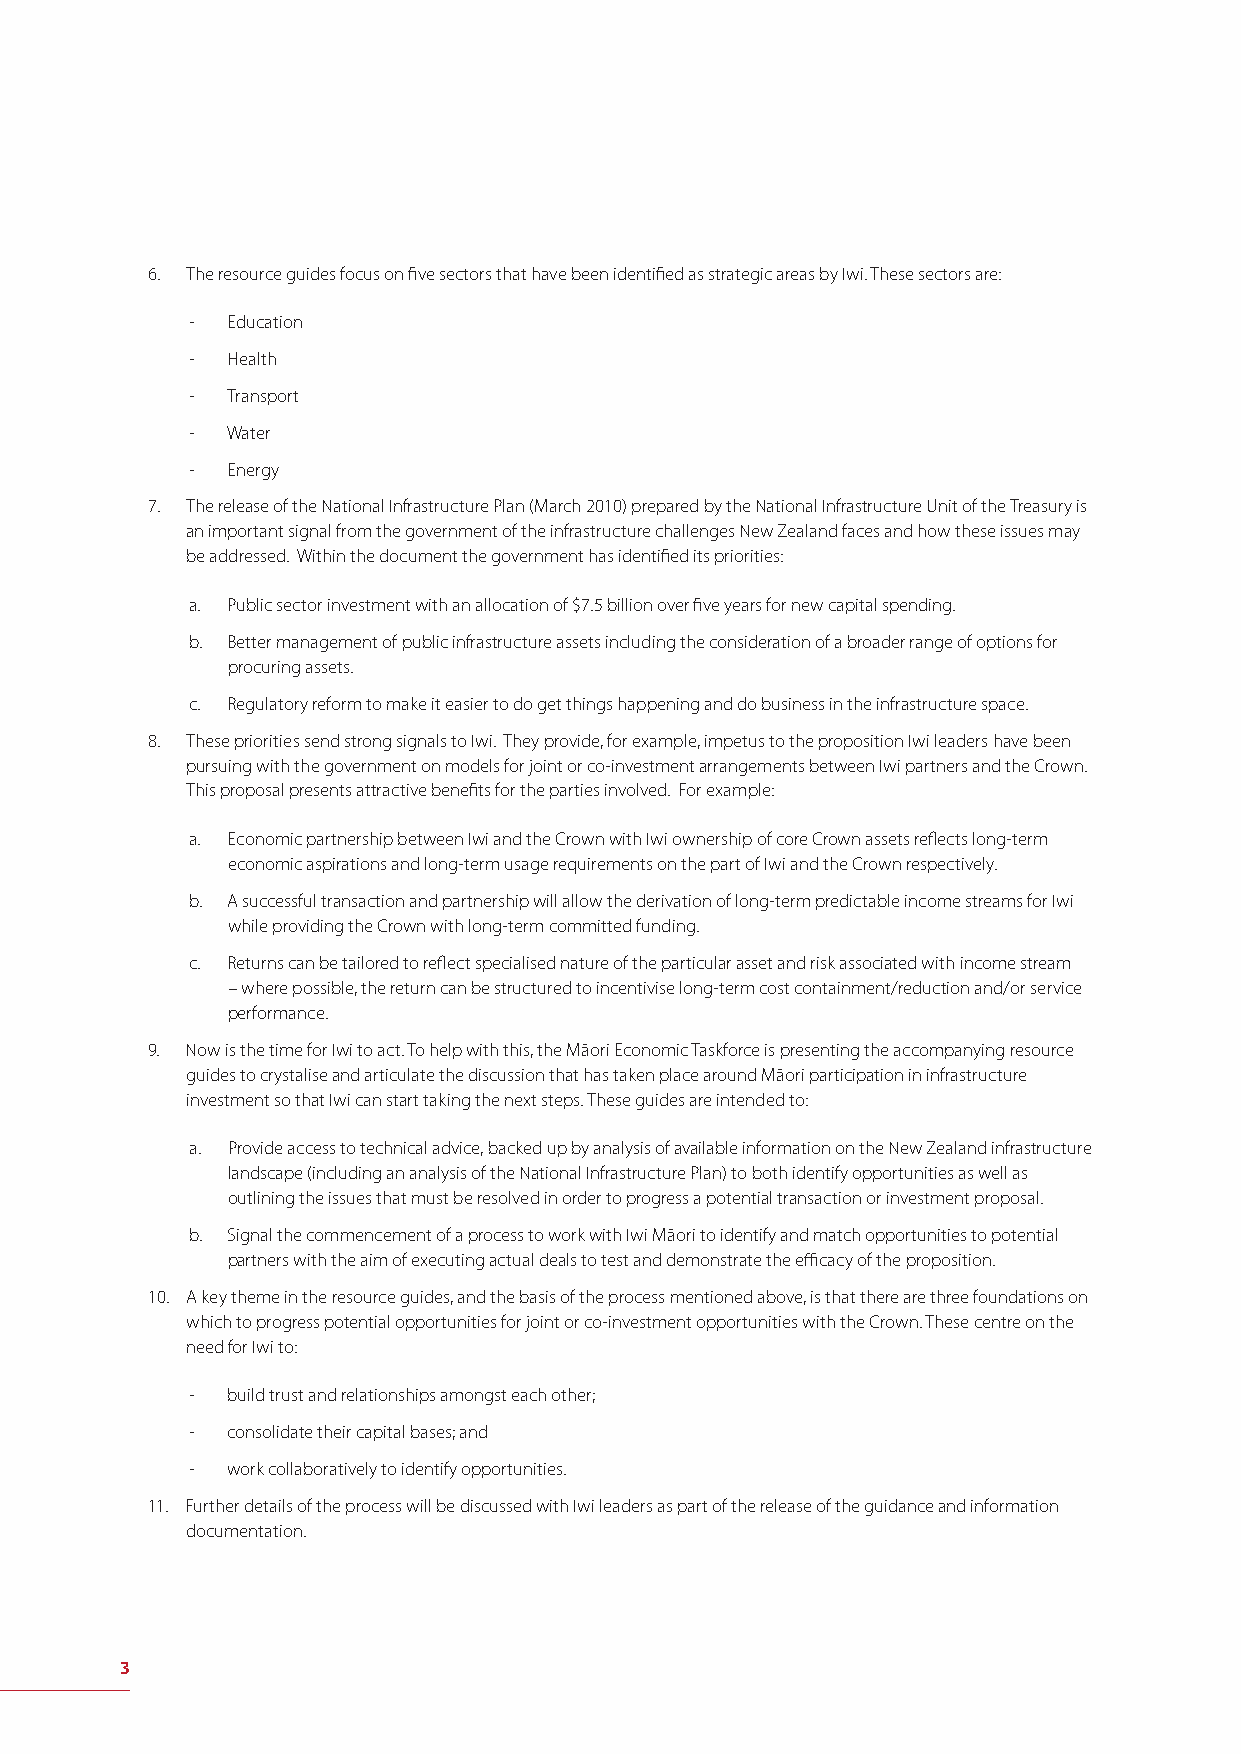
6. The resource guides focus on fi ve sectors that have been identifi ed as strategic areas by Iwi. These sectors are:
 - Education
 - Health
 - Transport
 - Water
 - Energy
 7. The release of the National Infrastructure Plan (March 2010) prepared by the National Infrastructure Unit of the Treasury is
 an important signal from the government of the infrastructure challenges New Zealand faces and how these issues may
 be addressed. Within the document the government has identifi ed its priorities:
 a. Public sector investment with an allocation of $7.5 billion over fi ve years for new capital spending.
 b. Better management of public infrastructure assets including the consideration of a broader range of options for
 procuring assets.
 c. Regulatory reform to make it easier to do get things happening and do business in the infrastructure space.
 8. These priorities send strong signals to Iwi. They provide, for example, impetus to the proposition Iwi leaders have been
 pursuing with the government on models for joint or co-investment arrangements between Iwi partners and the Crown.
 This proposal presents attractive benefi ts for the parties involved. For example:
 a. Economic partnership between Iwi and the Crown with Iwi ownership of core Crown assets refl ects long-term
 economic aspirations and long-term usage requirements on the part of Iwi and the Crown respectively.
 b. A successful transaction and partnership will allow the derivation of long-term predictable income streams for Iwi
 while providing the Crown with long-term committed funding.
 c. Returns can be tailored to refl ect specialised nature of the particular asset and risk associated with income stream
 – where possible, the return can be structured to incentivise long-term cost containment/reduction and/or service
 performance.
 9. Now is the time for Iwi to act. To help with this, the Māori Economic Taskforce is presenting the accompanying resource
 guides to crystalise and articulate the discussion that has taken place around Māori participation in infrastructure
 investment so that Iwi can start taking the next steps. These guides are intended to:
 a. Provide access to technical advice, backed up by analysis of available information on the New Zealand infrastructure
 landscape (including an analysis of the National Infrastructure Plan) to both identify opportunities as well as
 outlining the issues that must be resolved in order to progress a potential transaction or investment proposal.
 b. Signal the commencement of a process to work with Iwi Māori to identify and match opportunities to potential
 partners with the aim of executing actual deals to test and demonstrate the effi cacy of the proposition.
 10. A key theme in the resource guides, and the basis of the process mentioned above, is that there are three foundations on
 which to progress potential opportunities for joint or co-investment opportunities with the Crown. These centre on the
 need for Iwi to:
 - build trust and relationships amongst each other;
 - consolidate their capital bases; and
 - work collaboratively to identify opportunities.
 11. Further details of the process will be discussed with Iwi leaders as part of the release of the guidance and information
 documentation.
 3